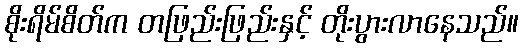
စိုးရိမ်စိတ်က တဖြည်းဖြည်းနှင့် တိုးပွားလာနေသည်။